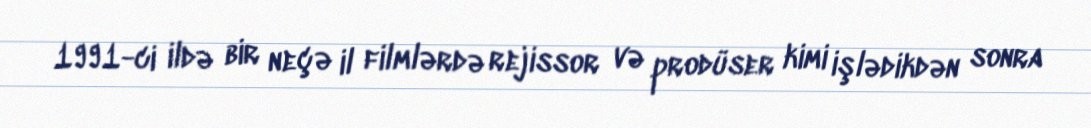
1991-ci ildə bir neçə il filmlərdə rejissor və prodüser kimi işlədikdən sonra